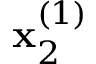
\mathbf { x } _ { 2 } ^ { ( 1 ) }